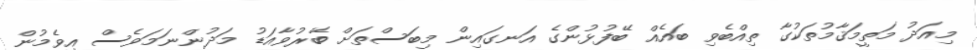
މިއަދު މަތީމަޤާމުތަކުގާ ތިއްބެވި ބައެއް ބޭފުޅުންގެ އަނގައިން މިބަސްތަށް ބޭރުވާއަޑު މަދުންނަމަވެސް އިވެމުން